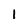
Character: 1